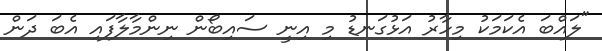
"ލައްބަ އެކަމަކު މިހާރު އަޅުގަނޑު މި އިނީ ސައިބޯން ނިންމާލާފައި އެބަ ދަން